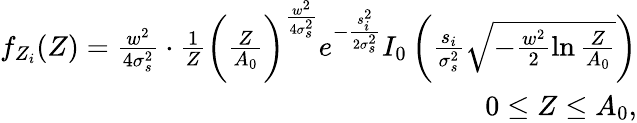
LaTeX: \begin{array}{r}{f_{Z_{i}}(Z)=\frac{w^{2}}{4\sigma_{s}^{2}}\cdot\frac{1}{Z}\bigg(\frac{Z}{A_{0}}\bigg)^{\frac{w^{2}}{4\sigma_{s}^{2}}}e^{-\frac{s_{i}^{2}}{2\sigma_{s}^{2}}}I_{0}\left(\frac{s_{i}}{\sigma_{s}^{2}}\sqrt{-\frac{w^{2}}{2}\ln\frac{Z}{A_{0}}}\right)}\\ {0\leq{Z}\leq{A_{0}},}\end{array}